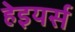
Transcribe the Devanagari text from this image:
हेइयर्स